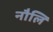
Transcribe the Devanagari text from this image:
नौलि